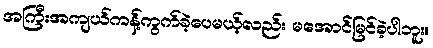
အကြီးအကျယ်ကန့်ကွက်ခဲ့ပေမယ့်လည်း မအောင်မြင်ခဲ့ပါဘူး။